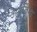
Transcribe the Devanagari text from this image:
अप्रतिभा